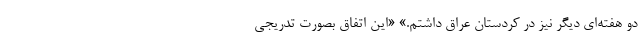
دو هفته‌ای دیگر نیز در کردستان عراق داشتم.» «این اتفاق بصورت تدریجی